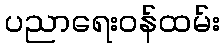
ပညာရေးဝန်ထမ်း